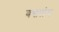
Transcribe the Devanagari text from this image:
बसलंय